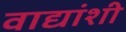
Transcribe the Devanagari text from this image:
वाद्यांशी